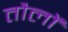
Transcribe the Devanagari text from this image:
तौलों